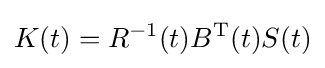
{\mathbf {} }K(t)=R^{-1}(t)B^{\mathrm {T} }(t)S(t)